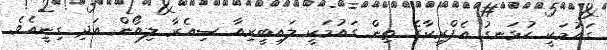
ގައުމަކީ ހުޅަނގު އެފްރިކާގެ ތިން ގައުމަކީ ލައިބީރިއާ ސިއެރާ ލިއޯން އަދި ގިނީއެވެ.